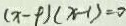
( x - 9 ) ( x - 1 ) = 0